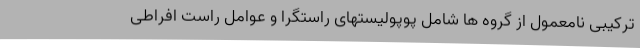
ترکیبی نامعمول از گروه ها شامل پوپولیستهای راستگرا و عوامل راست افراطی